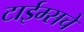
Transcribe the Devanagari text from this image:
टाईम्सचे